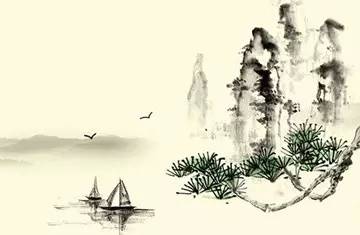
白日放歌须纵酒，青春作伴好还乡。